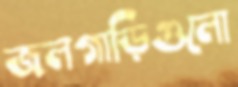
জলগাড়িগুলো